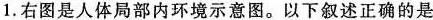
1. 右图是人体局部内环境示意图。以下叙述正确的是